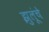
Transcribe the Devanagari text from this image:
झुलूंचे